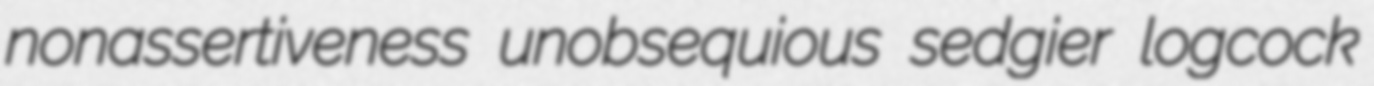
nonassertiveness unobsequious sedgier logcock